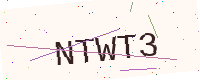
Text: NTWT3